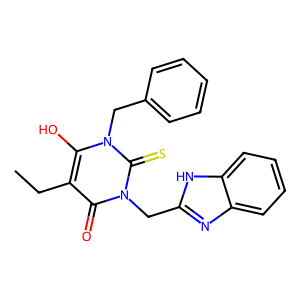
SMILES: CCc1c(O)n(Cc2ccccc2)c(=S)n(Cc2nc3ccccc3[nH]2)c1=O
Inhibits HIV replication: No